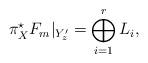
LaTeX: \begin{align*}\pi_X^\star F_m |_{Y^\prime _z} = \bigoplus_{i=1}^r L_i ,\end{align*}